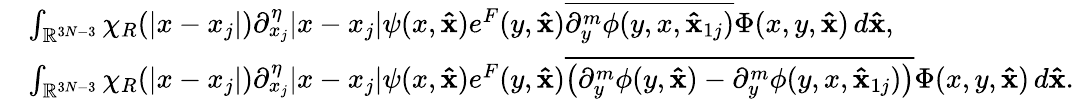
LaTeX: \begin{array}{rl}&{\int_{\mathbb R^{3N-3}}\chi_{R}(|x-x_{j}|)\partial_{x_{j}}^{\eta}|x-x_{j}|\psi(x,\mathbf{\hat{x}})e^{F}(y,\mathbf{\hat{x}})\overline{{\partial_{y}^{m}\phi(y,x,\mathbf{\hat{x}}_{1j})}}\Phi(x,y,\mathbf{\hat{x}})\, d\mathbf{\hat{x}},}\\ &{\int_{\mathbb R^{3N-3}}\chi_{R}(|x-x_{j}|)\partial_{x_{j}}^{\eta}|x-x_{j}|\psi(x,\mathbf{\hat{x}})e^{F}(y,\mathbf{\hat{x}})\overline{{\big(\partial_{y}^{m}\phi(y,\mathbf{\hat{x}})-\partial_{y}^{m}\phi(y,x,\mathbf{\hat{x}}_{1j})\big)}}\Phi(x,y,\mathbf{\hat{x}})\, d\mathbf{\hat{x}}.}\end{array}